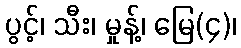
ပွင့်၊ သီး၊ မှုန့်၊ မြေ(၄)၊